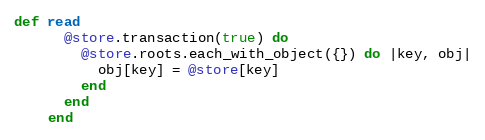
Language: Ruby
def read
      @store.transaction(true) do
        @store.roots.each_with_object({}) do |key, obj|
          obj[key] = @store[key]
        end
      end
    end